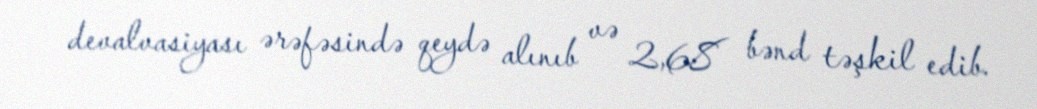
devalvasiyası ərəfəsində qeydə alınıb və 2,68 bənd təşkil edib.